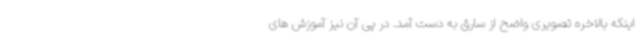
اینکه بالاخره تصویری واضح از سارق به دست آمد. در پی آن نیز آموزش های